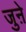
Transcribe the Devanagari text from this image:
जुऩे